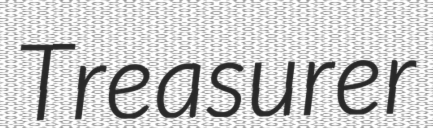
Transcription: Treasurer